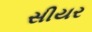
સીયર